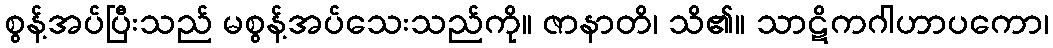
စွန့်အပ်ပြီးသည် မစွန့်အပ်သေးသည်ကို။ ဇာနာတိ၊ သိ၏။ သာဋိကဂါဟာပကော၊